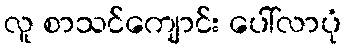
လူ စာသင်ကျောင်း ပေါ်လာပုံ